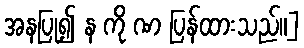
အနပြု၍ န ကို ဏ ပြန်ထားသည်။]